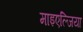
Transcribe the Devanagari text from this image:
माइएल्जिया